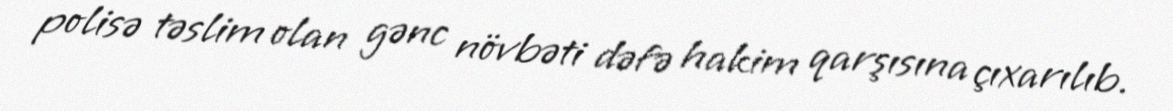
polisə təslim olan gənc növbəti dəfə hakim qarşısına çıxarılıb.